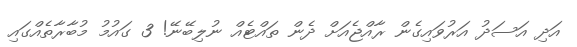
އަދި އަސަދު އަރުވައިގެން ރާއްޖެއަށް ދެން ތައްޓެއް ނުލިބޭނޭ! 3 ގައުމު މުބާރާތެއްގައި